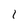
Character: l